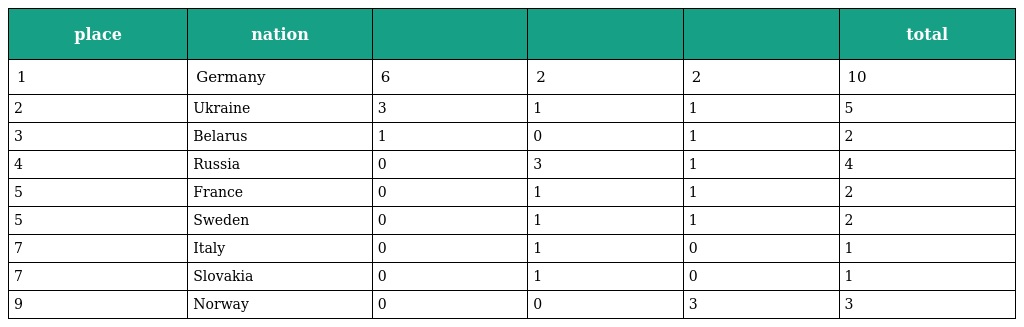
| place | nation |  |  |  | total |
 | --- | --- | --- | --- | --- | --- |
 | 1 | Germany | 6 | 2 | 2 | 10 |
 | 2 | Ukraine | 3 | 1 | 1 | 5 |
 | 3 | Belarus | 1 | 0 | 1 | 2 |
 | 4 | Russia | 0 | 3 | 1 | 4 |
 | 5 | France | 0 | 1 | 1 | 2 |
 | 5 | Sweden | 0 | 1 | 1 | 2 |
 | 7 | Italy | 0 | 1 | 0 | 1 |
 | 7 | Slovakia | 0 | 1 | 0 | 1 |
 | 9 | Norway | 0 | 0 | 3 | 3 |